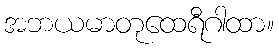
အဘယမာတုထေရီဂါထာ။